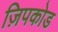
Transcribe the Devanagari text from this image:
ज़िपकोड